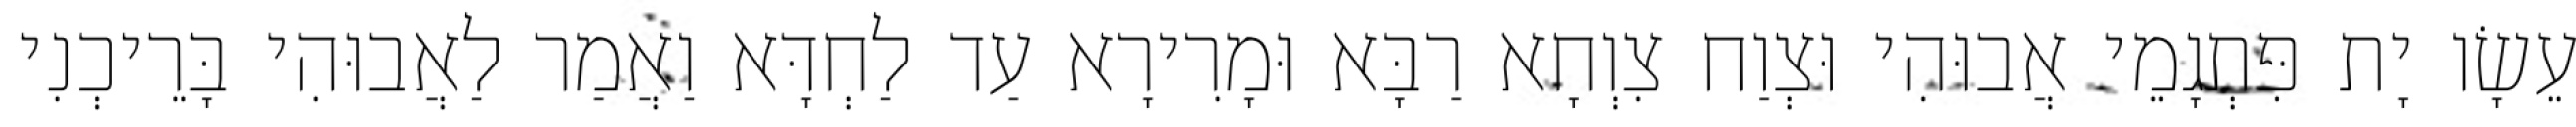
עֵשָׂו יָת פִּתְגָמֵי אֲבוּהִי וּצְוַח צִוְחָא רַבָּא וּמָרִירָא עַד לַחְדָּא וַאֲמַר לַאֲבוּהִי בָּרֵיכְנִי